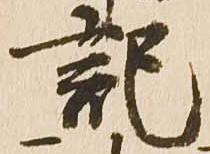
記